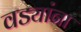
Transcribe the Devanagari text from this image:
वड्यांना